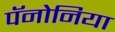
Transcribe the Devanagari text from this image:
पॅनोनिया